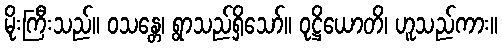
မိုးကြီးသည်။ ဝသန္တေ၊ ရွာသည်ရှိသော်။ ဝုဋ္ဌိယောတိ၊ ဟူသည်ကား။